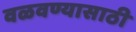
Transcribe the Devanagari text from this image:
वळवण्यासाठी